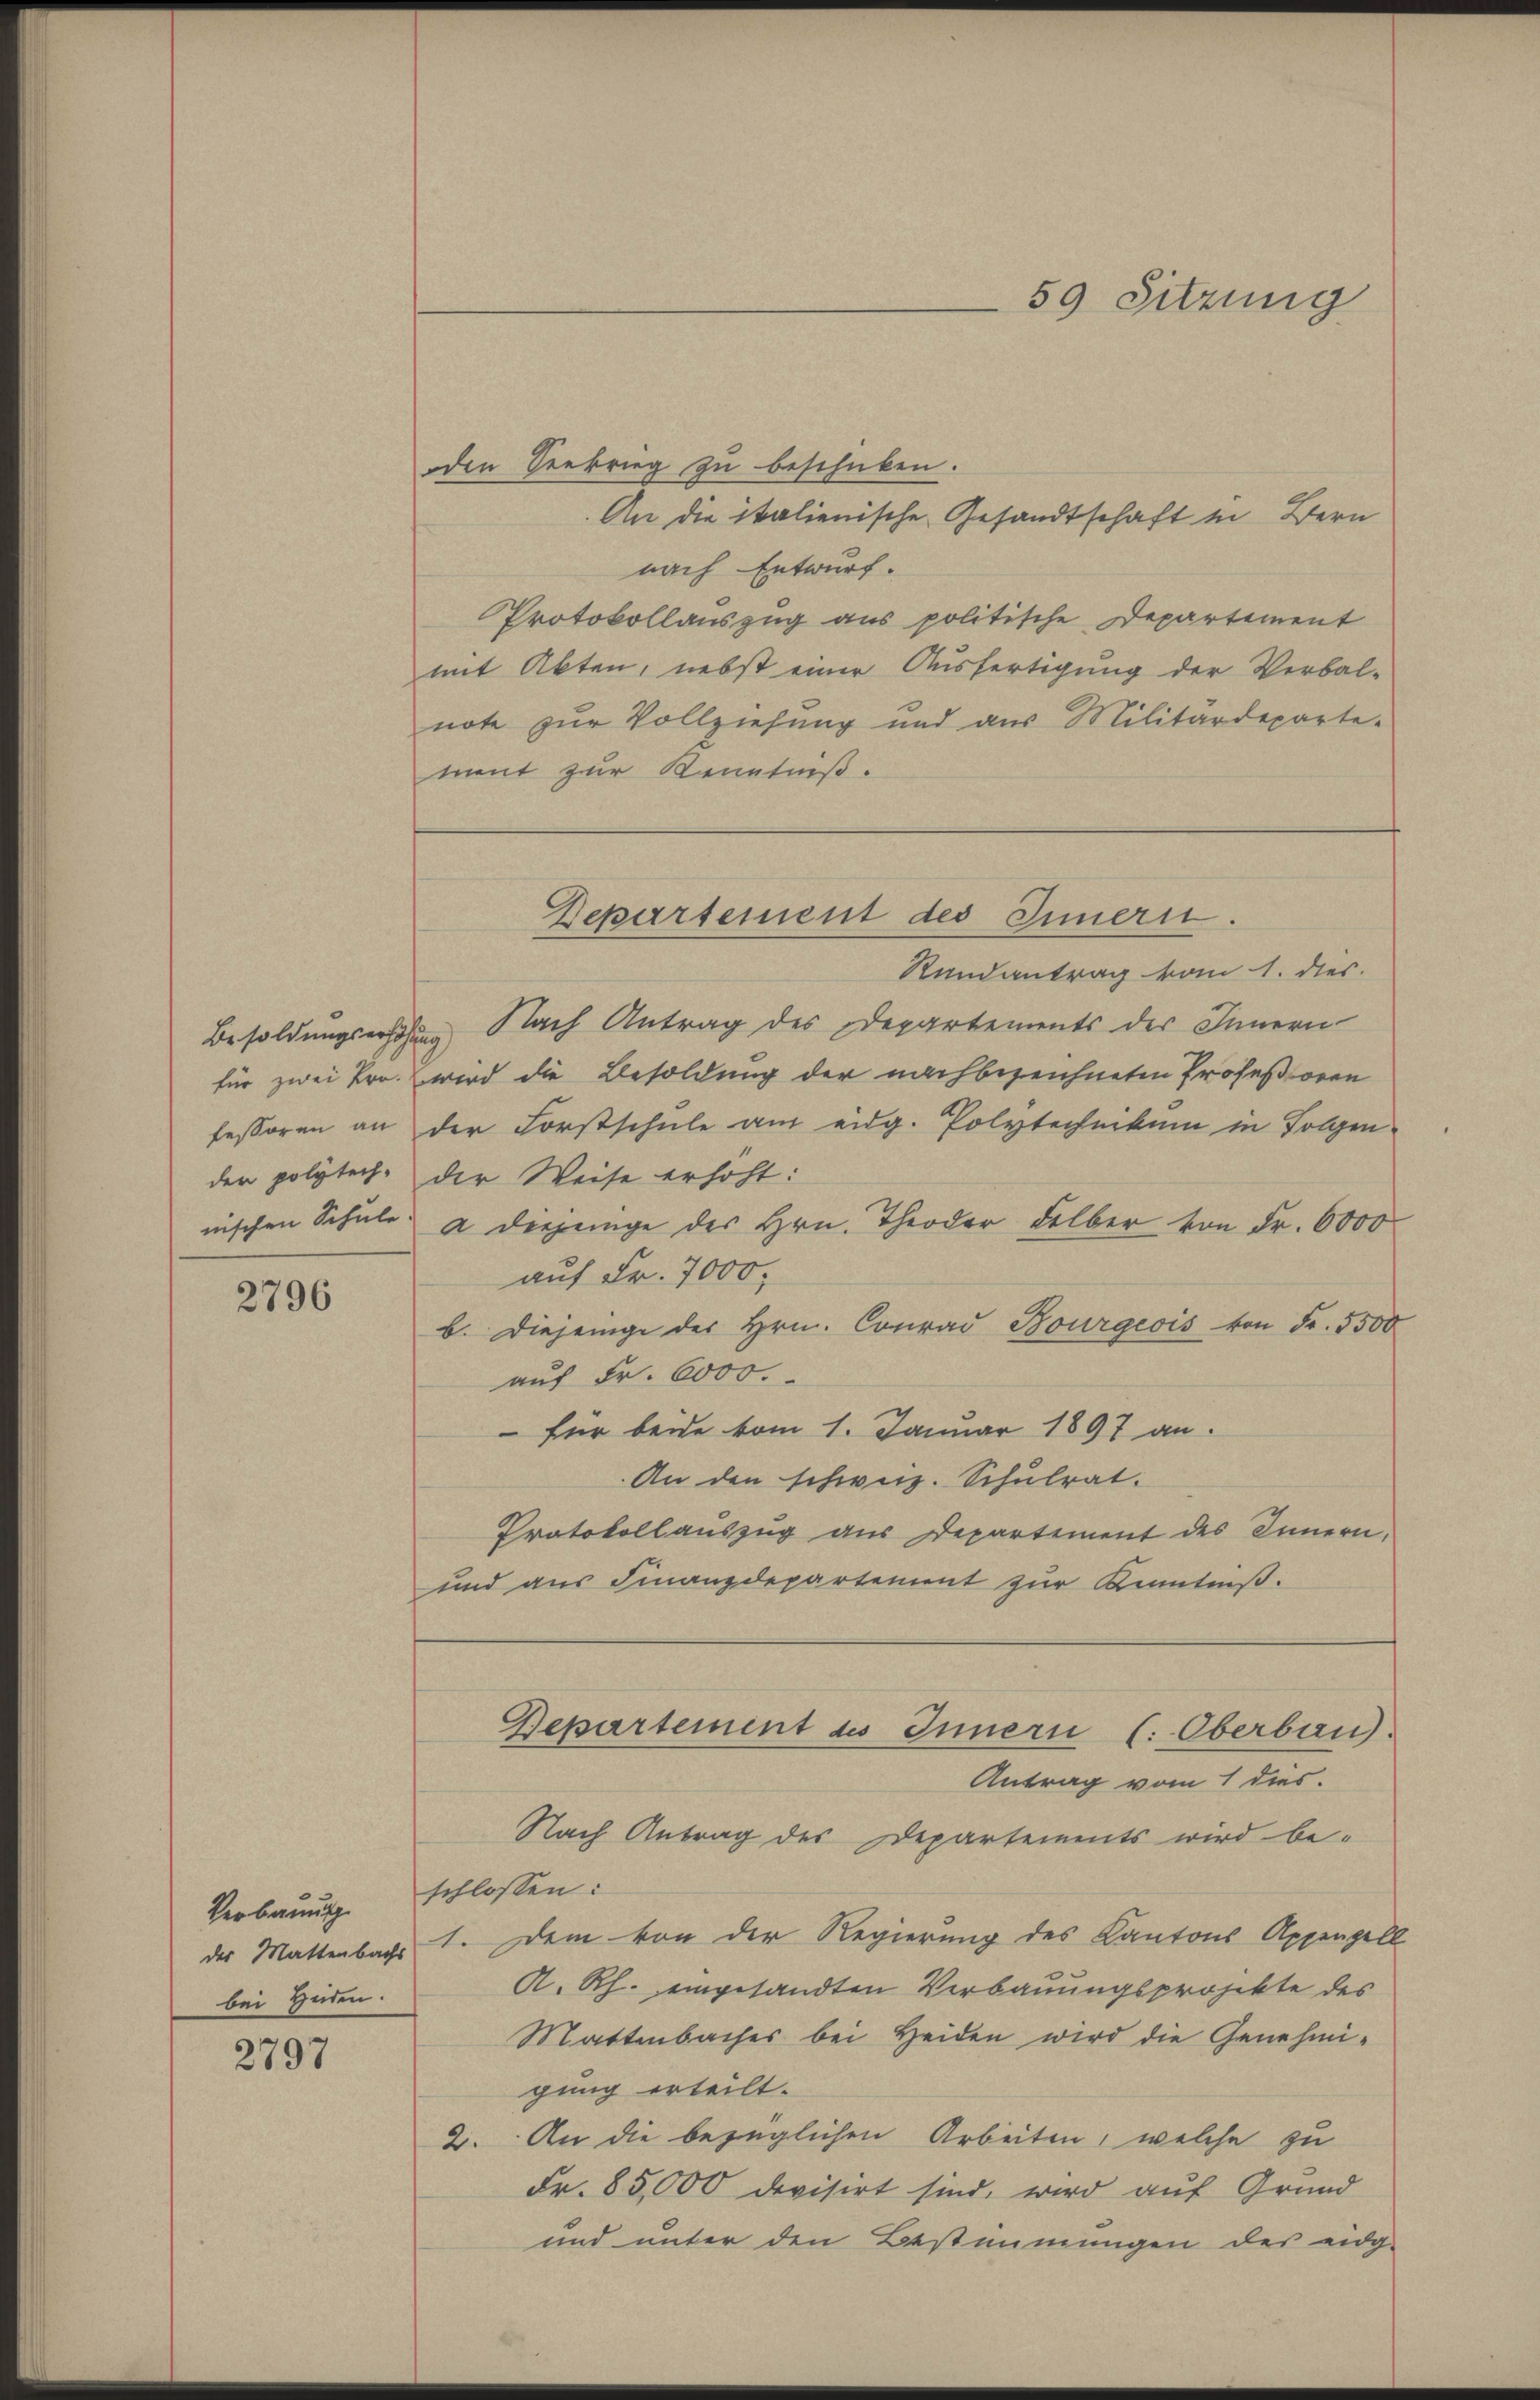
für zwei Pro-
fessoren an
der polytech.
nischen Schule

2796

bei Heiden.

2797

oden Seekrieg zu beschicken.
An die italienische Gesandtschaft in Bern
nach Entwurf.
Protokollauszug aus politische Departement
mit Akten, nebst einer Ausfertigung der Verbal-
note zur Vollziehung und aus Militärdeparte-
ment zur Kenntniß.
Randantrag vom 1. dies
Besoldungserhöhung Nach Antrag des Departements des Innern
wird die Besoldung der nachbezeichneten Professoren
der Forstschule am eidg. Polytechnikum in Folgen
der Weise erhöht:
a diejenige des Hrn. Theoder Felber von Fr. 6000
auf Fr. 7000.
b. Diejenige des Hrn. Conrad Bourgeois von Fr. 5500
auf Fr. 6000.
 für beide vom 1. Januar 1897 an.
An den schweiz. Schulrat.
Protokollauszug aus Departement des Innern,
und aus Finanzdepartement zur Kenntniß.
Bepartement des Innern (: Oberbau).
Antrag vom 1 dies
Nach Antrag des Departements wird be-
Verbauung schlossen:
der Mattenbachs 1. Dem von der Regierung des Kantons Appenzell
A. Rh. eingesandten Verbauungsprojekte des
Mattenbaches bei Heiden wird die Genehmigung erteilt.
2. An die bezüglichen Arbeiten, welche zu
Fr. 85,000 devisirt sind, wird auf Grund
und unter den Bestimmungen des eidg-

59 Sitzung

Departement des Innern.